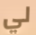
لي